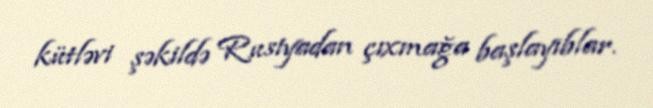
kütləvi şəkildə Rusiyadan çıxmağa başlayıblar.